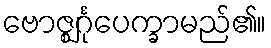
ဗောဇ္ဈင်္ဂုပေက္ခာမည်၏။